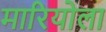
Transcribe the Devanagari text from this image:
मारियोला